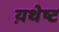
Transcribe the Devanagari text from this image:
य़थेष्ट